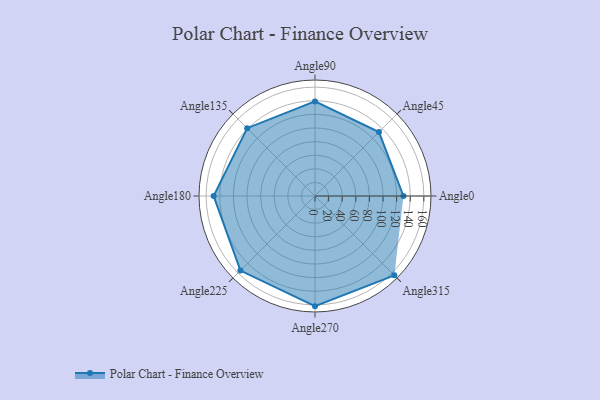
{"axis": {"x": "Angle", "y": "Radius"}, "legend": [""], "data": [{"x": "Angle0", "y": 130.0, "type": ""}, {"x": "Angle45", "y": 133.0, "type": ""}, {"x": "Angle90", "y": 139.0, "type": ""}, {"x": "Angle135", "y": 141.0, "type": ""}, {"x": "Angle180", "y": 149.0, "type": ""}, {"x": "Angle225", "y": 155.0, "type": ""}, {"x": "Angle270", "y": 162.0, "type": ""}, {"x": "Angle315", "y": 165.0, "type": ""}]}